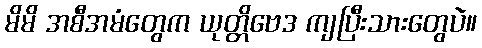
မိမိ အစီအမံတွေက ယုတ္တိဗေဒ ကျပြီးသားတွေပဲ။